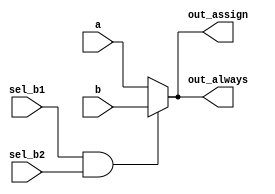
// problem : https://hdlbits.01xz.net/wiki/Always_if
// synthesis verilog_input_version verilog_2001
module top_module(
    input a,
    input b,
    input sel_b1,
    input sel_b2,
    output wire out_assign,
    output reg out_always   );

    assign out_assign=(sel_b1&sel_b2)?b:a;

    always@* begin
        if(sel_b1 & sel_b2) begin
        	out_always=b;
        end
        else begin
            out_always=a;
        end

    end

endmodule